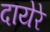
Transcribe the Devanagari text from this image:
दायेरे